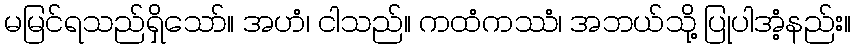
မမြင်ရသည်ရှိသော်။ အဟံ၊ ငါသည်။ ကထံကဿံ၊ အဘယ်သို့ ပြုပါအံ့နည်း။